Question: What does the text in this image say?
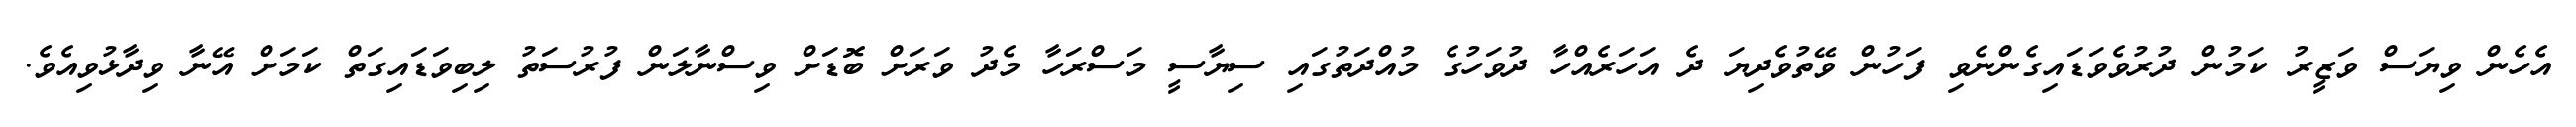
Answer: އެހެން ވިޔަސް ވަޒީރު ކަމުން ދުރުވެވަޑައިގެންނެވި ފަހުން ވޭތުވެދިޔަ ދެ އަހަރެއްހާ ދުވަހުގެ މުއްދަތުގައި ސިޔާސީ މަސްރަހާ މެދު ވަރަށް ބޮޑަށް ވިސްނާލަން ފުރުސަތު ލިބިވަޑައިގަތް ކަމަށް އޭނާ ވިދާޅުވިއެވެ.